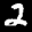
Label: 2